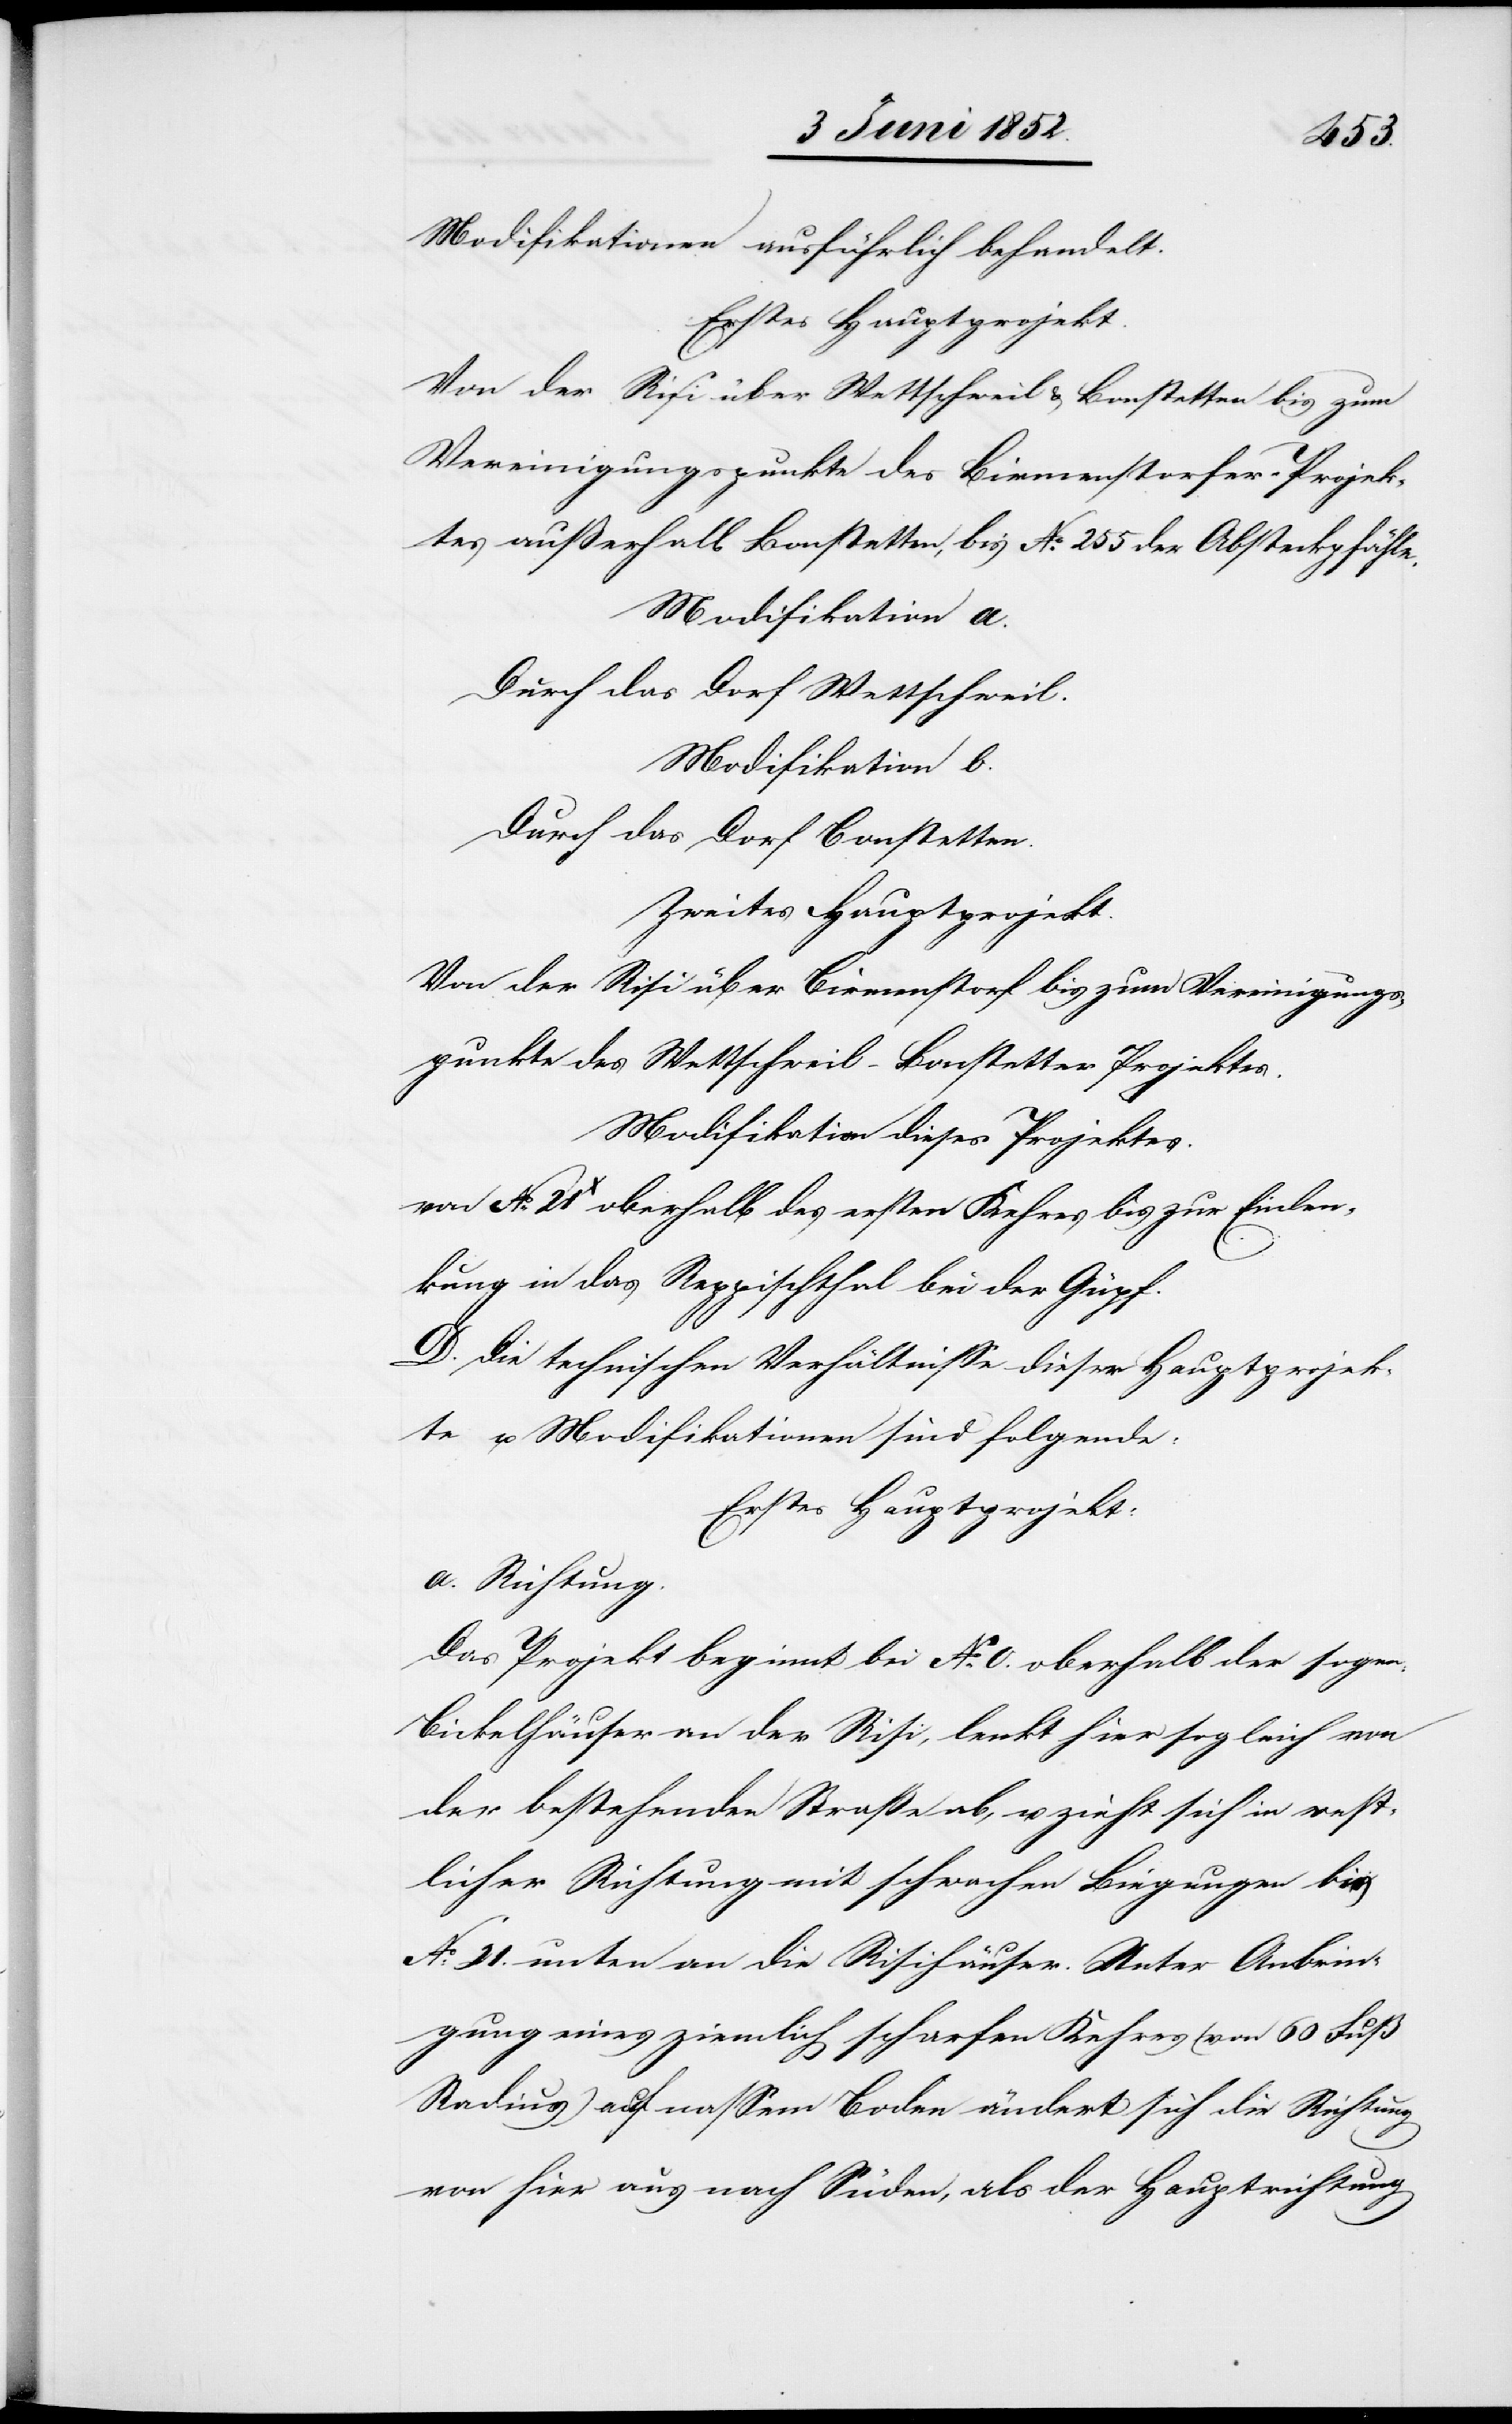
Modifikationen ausführlich behandelt.
Erstes Hauptprojekt.
Von der Risi über Wettschweil & Bonstetten bis zum
Vereinigungspunkte des Birmenstorfer-Projek¬
tes ausserhalb Bonstetten, bis No. 255 der Absteckpfähle.
Modifikation a.
Durch das Dorf Wettschweil.
Modifikation b.
Durch das Dorf Bonstetten.
Zweites Hauptprojekt.
Von der Risi über Birmenstorf bis zum Vereinigungs¬
punkte des Wettschweil-Bonstetter Projektes.
Modifikation dieses Projektes.
von No. 21x oberhalb des ersten Kehres bis zur Einlen¬
kung in das Reppischthal bei der Güpf.
D. Die technischen Verhältnisse dieser Hauptprojek¬
te u. Modifikationen sind folgende:
Erstes Hauptprojekt:
a. Richtung.
Das Projekt beginnt bei No. 0. oberhalb der sogen.
Bickelhäuser an der Risi, lenkt hier sogleich von
der bestehenden Straße ab, u. zieht sich in west¬
licher Richtung mit schwachen Biegungen bis
No: 21. unten an die Risihäuser. Unter Anbrin¬
gung eines ziemlich scharfen Kehres (von 60 Fuß
Radius) auf nassem Boden ändert sich die Richtung
von hier aus nach Süden, als der Hauptrichtung